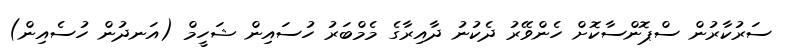
ސަރުކާރުން ސްޕޮންސާކޮށް ހެންވޭރު ދެކުނު ދާއިރާގެ މެމްބަރު ހުސައިން ޝަހީމް (އަނދުން ހުސެއިން)